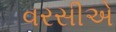
વરસીએ